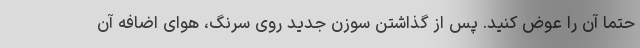
حتما آن را عوض کنید. پس از گذاشتن سوزن جدید روی سرنگ، هوای اضافه آن